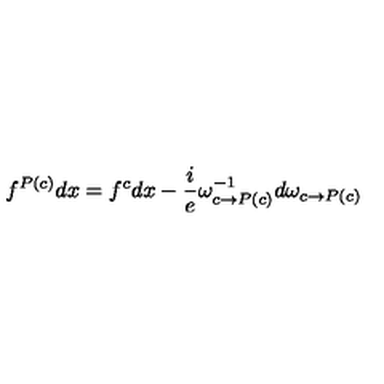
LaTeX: f ^ { P ( c ) } d x = f ^ { c } d x - \frac { i } { e } \omega _ { c \rightarrow P ( c ) } ^ { - 1 } d \omega _ { c \rightarrow P ( c ) }